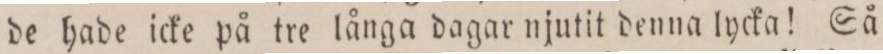
de hade icke på tre långa dagar njutit denna lycka! Så